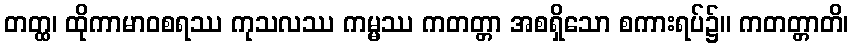
တတ္ထ၊ ထိုကာမာဝစရဿ ကုသလဿ ကမ္မဿ ကတတ္တာ အစရှိသော စကားရပ်၌။ ကတတ္တာတိ၊